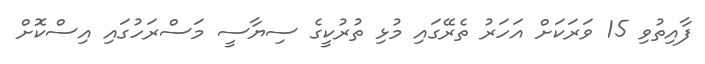
ފާއިތުވި 15 ވަރަކަށް އަހަރު ތެރޭގައި މުޅި ތުރުކީގެ ސިޔާސީ މަސްރަހުގައި އިސްކޮށް